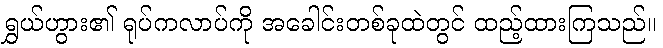
ရွှယ်ဟွား၏ ရုပ်ကလာပ်ကို အခေါင်းတစ်ခုထဲတွင် ထည့်ထားကြသည်။